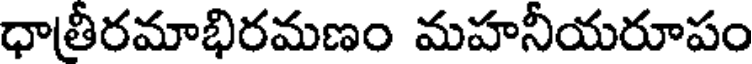
ధాత్రీరమాభిరమణం మహనీయరూపం